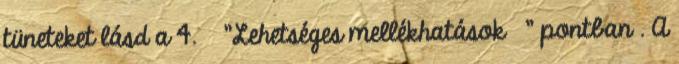
tüneteket lásd a 4. "Lehetséges mellékhatások " pontban . A